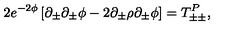
2 e ^ { - 2 \phi } \left[ \partial _ { \pm } \partial _ { \pm } \phi - 2 \partial _ { \pm } \rho \partial _ { \pm } \phi \right] = T _ { \pm \pm } ^ { P } ,